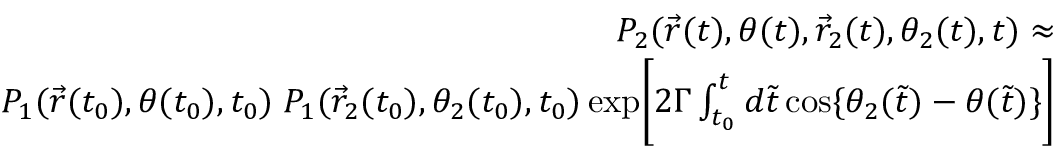
\begin{array} { r l r } & { } & { P _ { 2 } ( \vec { r } ( t ) , \theta ( t ) , \vec { r } _ { 2 } ( t ) , \theta _ { 2 } ( t ) , t ) \approx } \\ & { } & { P _ { 1 } ( \vec { r } ( t _ { 0 } ) , \theta ( t _ { 0 } ) , t _ { 0 } ) \; P _ { 1 } ( \vec { r } _ { 2 } ( t _ { 0 } ) , \theta _ { 2 } ( t _ { 0 } ) , t _ { 0 } ) \, \mathrm { e x p } \Bigg [ 2 \Gamma \int _ { t _ { 0 } } ^ { t } d \tilde { t } \, \mathrm { c o s } \{ \theta _ { 2 } ( \tilde { t } ) - \theta ( \tilde { t } ) \} \Bigg ] } \end{array}